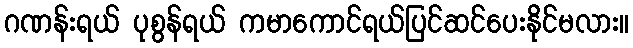
ဂဏန်းရယ် ပုစွန်ရယ် ကမာကောင်ရယ်ပြင်ဆင်ပေးနိုင်မလား။